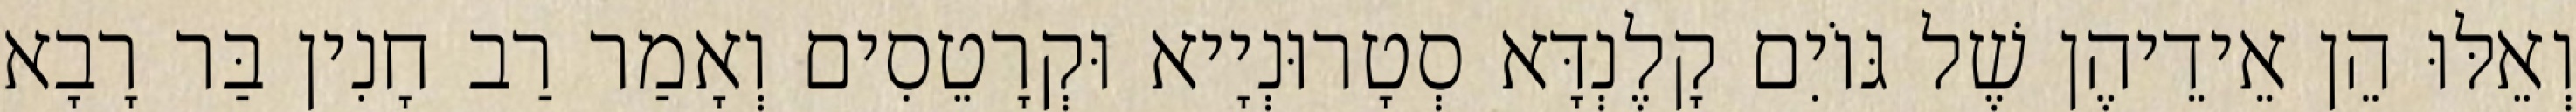
וְאֵלּוּ הֵן אֵידֵיהֶן שֶׁל גּוֹיִם קָלֶנְדָּא סְטָרוּנְיָיא וּקְרָטֵסִים וְאָמַר רַב חָנִין בַּר רָבָא